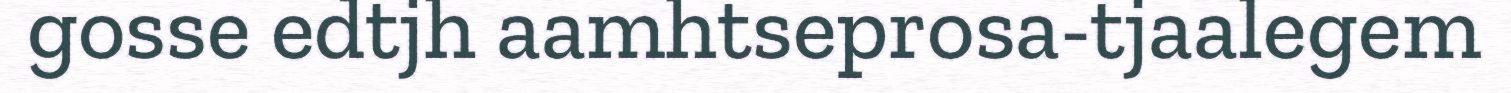
gosse edtjh aamhtseprosa-tjaalegem